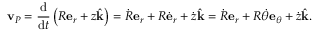
\mathbf { v } _ { P } = { \frac { \mathrm { d } } { { \mathrm { d } } t } } \left( R \mathbf { e } _ { r } + z { \hat { \mathbf { k } } } \right) = { \dot { R } } \mathbf { e } _ { r } + R { \dot { \mathbf { e } } } _ { r } + { \dot { z } } { \hat { \mathbf { k } } } = { \dot { R } } \mathbf { e } _ { r } + R { \dot { \theta } } \mathbf { e } _ { \theta } + { \dot { z } } { \hat { \mathbf { k } } } .